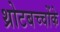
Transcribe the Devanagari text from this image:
थ्रोटबच्चोंके